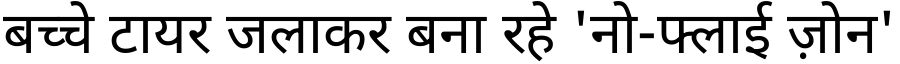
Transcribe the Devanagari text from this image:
बच्चे टायर जलाकर बना रहे 'नो-फ्लाई ज़ोन'